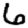
Digit: 6